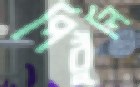
পিঠুলি